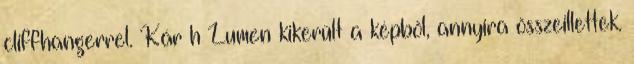
cliffhangerrel. Kár h Lumen kikerült a képből, annyira összeillettek.